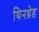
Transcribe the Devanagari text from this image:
थिनथ्रेड